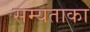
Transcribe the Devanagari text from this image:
सम्यताका